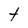
Character: t